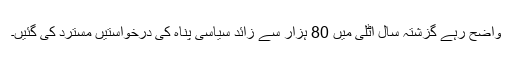
واضح رہے گزشتہ سال اٹلی میں 80 ہزار سے زائد سیاسی پناہ کی درخواستیں مسترد کی گئیں۔